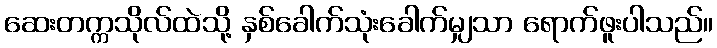
ဆေးတက္ကသိုလ်ထဲသို့ နှစ်ခေါက်သုံးခေါက်မျှသာ ရောက်ဖူးပါသည်။